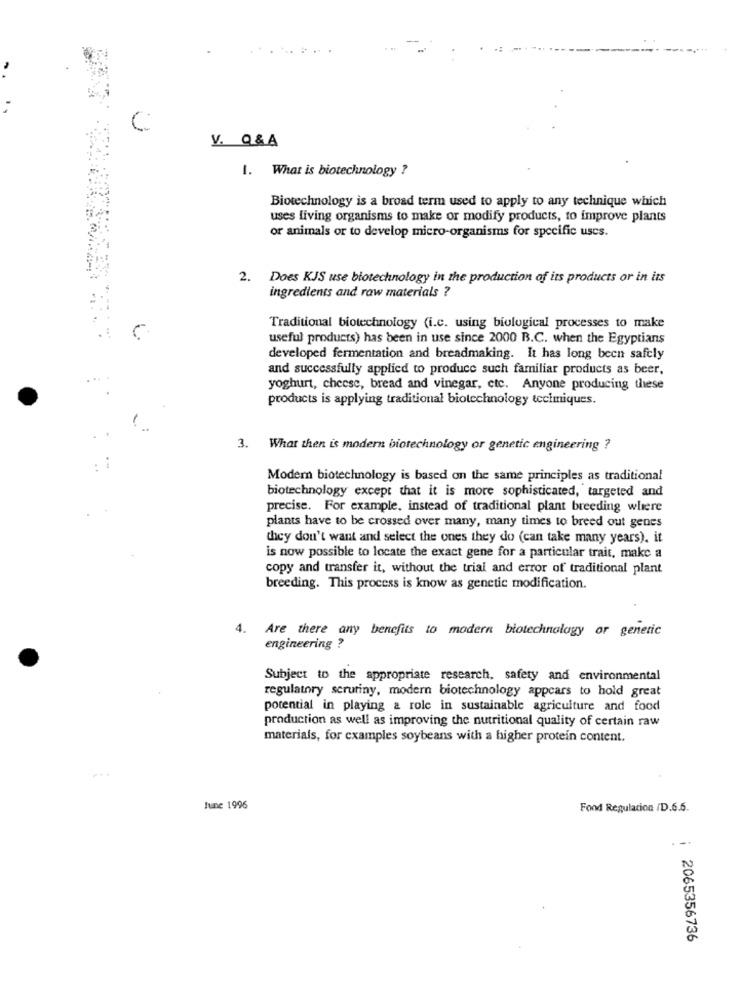
V. Q&A
1. What is biotechnology ?
Biotechnology is a broad term used to apply to any technique which
uses living organisms to make or modify products, to improve plants
or animals or to develop micro-organisms for specific uses.
2. Does KJS use biotechnology in the production of its products or in its
ingredients and raw materials ?
Traditional biotechnology (i.c. using biological processes to make
useful products) has been in use since 2000 B.C. when the Egyptians
developed fermentation and breadmaking. It has long been safely
and successfully applied to produce such familiar products as beer,
yoghurt, cheese, bread and vinegar, etc. Anyone producing these
products is applying traditional biotechnology tecimiques.
3. What then is modern biotechnology or genetic engineering ?
Modem biotechnology is based on the same principles as traditional
biotechnology except that it is more sophisticated, targeted and
precise. For example, instead of traditional plant breeding where
plants have to be crossed over many, many times to breed out genes
they don't want and select the ones they do (can take many years). it
is now possible to locate the exact gene for a particular trait, make a
copy and transfer it, without the trial and error of traditional plant
breeding. This process is know as genetic modification.
4. Are there any benefits to modern biotechnology or genetic
engineering ?
Subject to the appropriate research, safety and environmental
regulatory scrutiny, modern biotechnology appears to hold great
potential in playing a role in sustainable agriculture and food
production as well as improving the nutritional quality of certain raw
materials, for examples soybeans with a higher protein content.
..
June 1996
Food Regulation /D.6.6.
2065356736